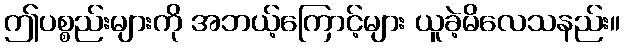
ဤပစ္စည်းများကို အဘယ့်ကြောင့်များ ယူခဲ့မိလေသနည်း။